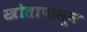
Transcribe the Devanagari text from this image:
स्त्रोतापासून